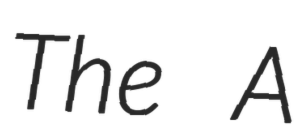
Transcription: The A